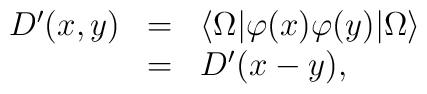
\begin{array}{rcl}D^{\prime}(x,y)&=&\langle\Omega|\varphi(x)\varphi(y)|\Omega\rangle\\&=&D^{\prime}(x-y), \end{array}